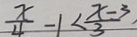
\frac { x } { 4 } - 1 < \frac { x - 3 } { 3 }